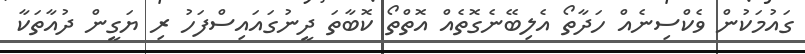
ގައުމަކުން ވެކްސިނެއް ހަދާތޯ އެލިބޭނެގޮތެއް އޮތްތޯ ކޮބާތަ ދީނުގައައިސްފަހު ރި ޔަގީން ދުއާތަކާ